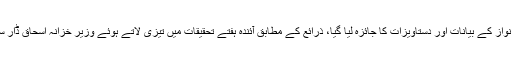
آج جے آئی ٹی کے مشاورتی اجلاس میں حسن اور حسین نواز کے بیانات اور دستاویزات کا جائزہ لیا گیا، ذرائع کے مطابق آئندہ ہفتے تحقیقات میں تیزی لاتے ہوئے وزیر خزانہ اسحاق ڈار سمیت مزید لوگوں کو طلب کیے جانے کا امکان بھی ہے ۔